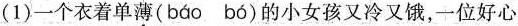
(1)一个衣着单薄( báo bó )的小女孩又冷又饿，一位好心